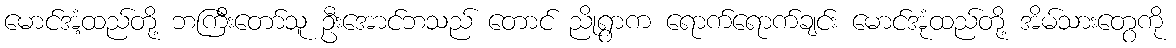
မောင်အံ့ထည်တို့ ဘကြီးတော်သူ ဦးအောင်ဘသည် တောင် ညိုရွာက ရောက်ရောက်ချင်း မောင်အုံထည်တို့ အိမ်သားတွေကို